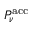
P _ { \nu } ^ { \mathrm { a c c } }